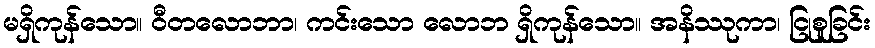
မရှိကုန်သော။ ဝီတလောဘာ၊ ကင်းသော လောဘ ရှိကုန်သော။ အနိဿုကာ၊ ငြုစူခြင်း